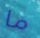
ما